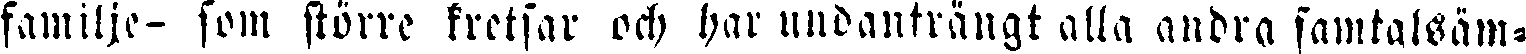
familje- som större kretsar och har undanträngt alla andra samtalsäm-